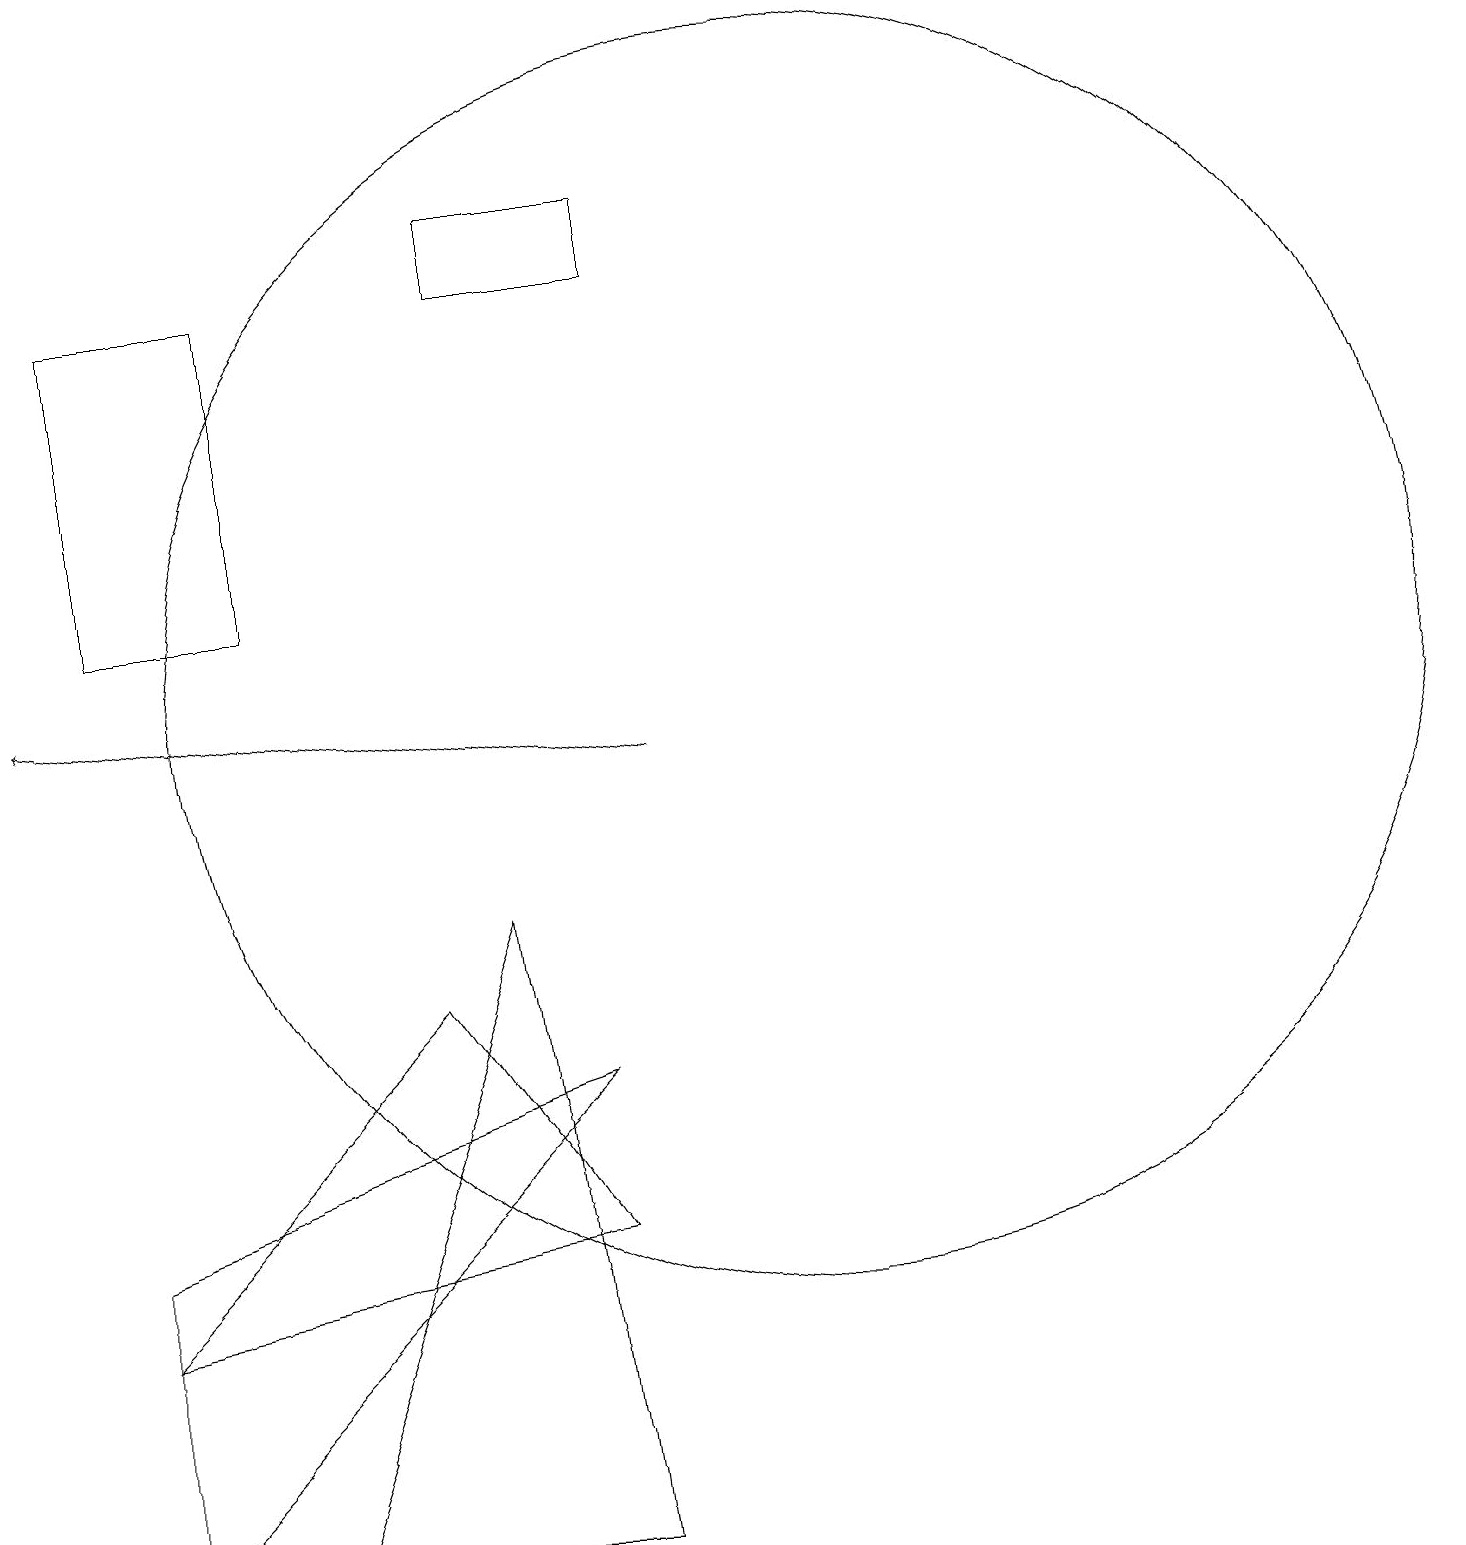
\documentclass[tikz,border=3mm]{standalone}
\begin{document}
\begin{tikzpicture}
\draw[->] (9,10) -- (1,11);
\draw (9,17) rectangle (7,16);
\draw (11,11) circle (8);
\draw (2,12) rectangle (4,16);
\draw (2,4) -- (8,6) -- (2,0) -- cycle;
\draw (8,0) -- (7,8) -- (4,0) -- cycle;
\draw (8,4) -- (2,3) -- (6,7) -- cycle;
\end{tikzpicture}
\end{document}